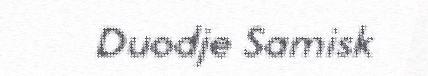
Duodje Samisk